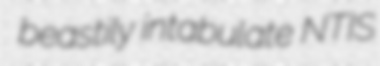
beastily intabulate NTIS